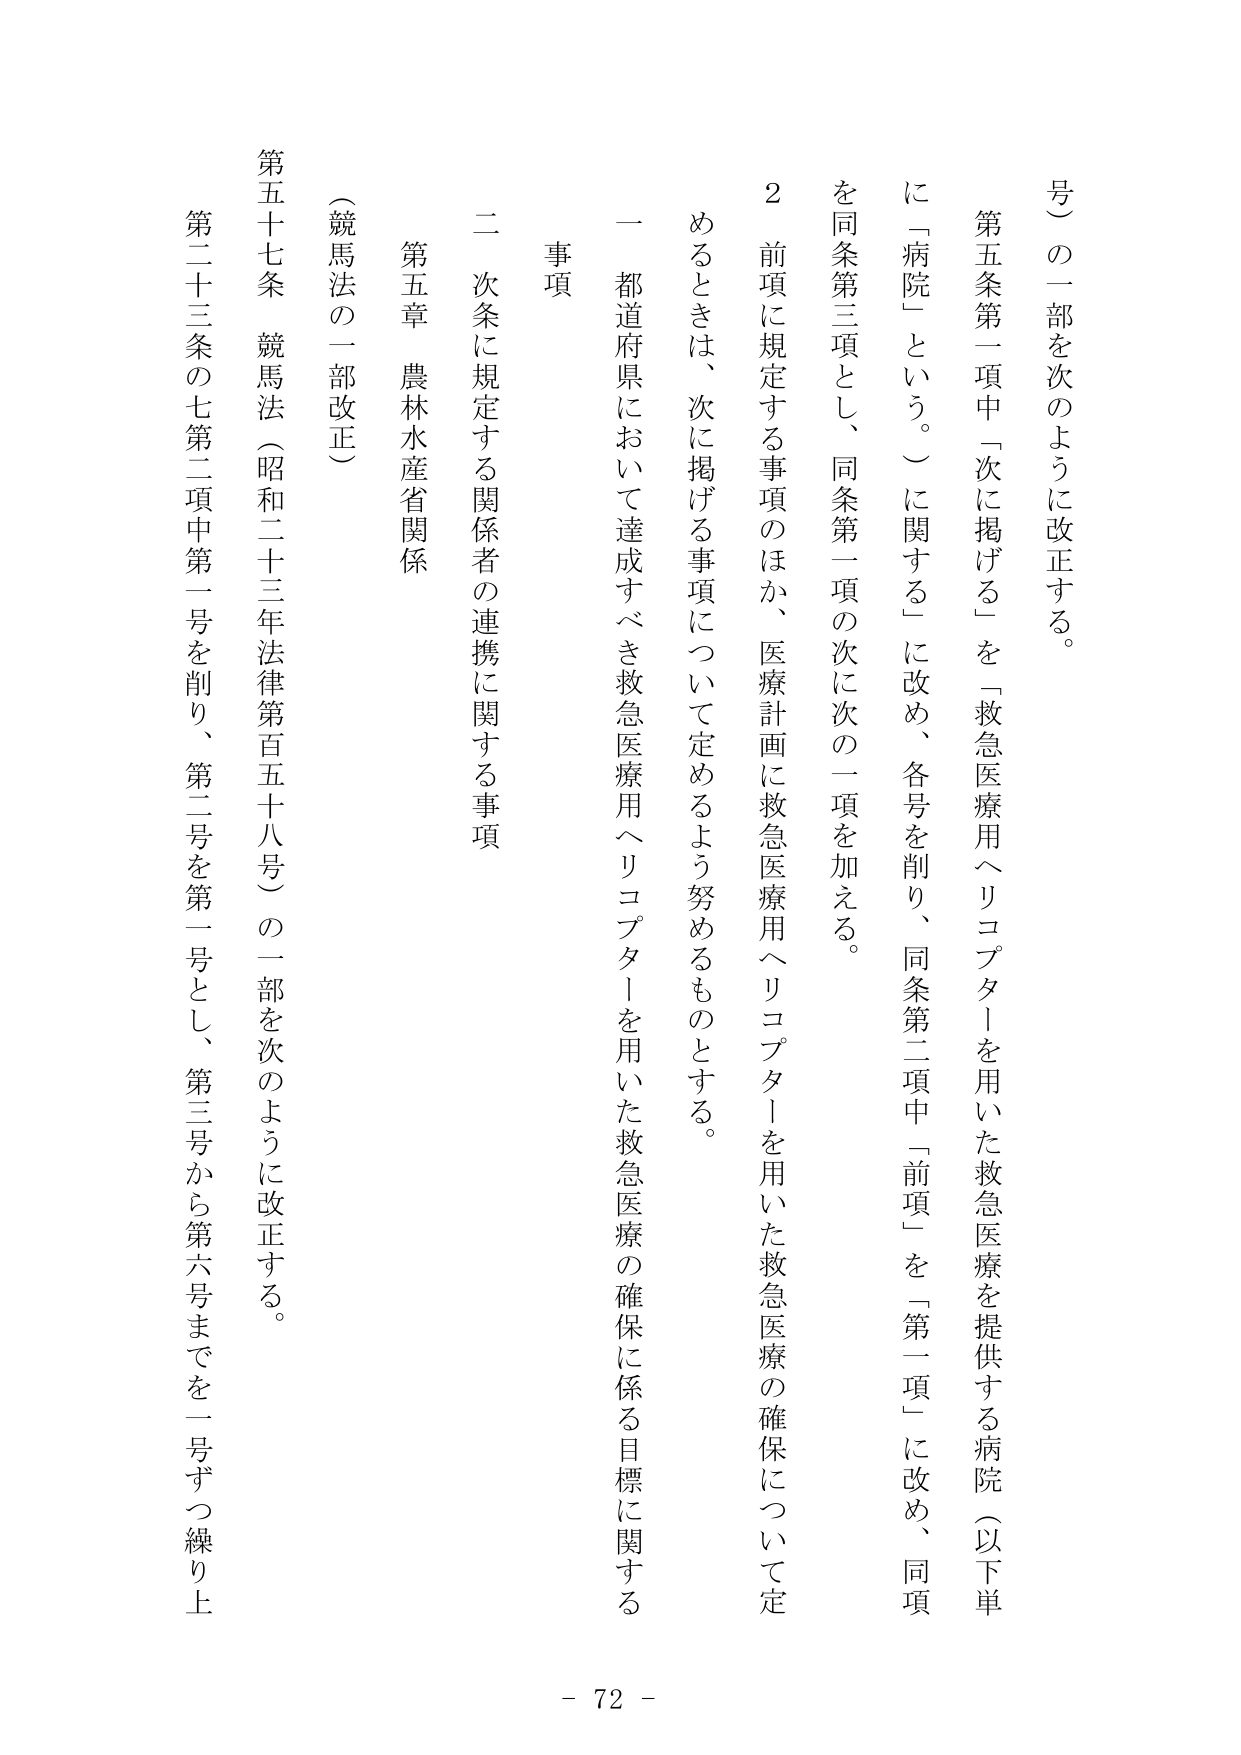
号）の一部を次のように改正する。

第五条第一項中「次に掲げる」を「救急医療用ヘリコプターを用いた救急医療を提供する病院（以下単に「病院」という。）に関する」に改め、各号を削り、同条第二項中「前項」を「第一項」に改め、同項を同条第三項とし、同条第一項の次に次の一項を加える。

２　前項に規定する事項のほか、医療計画に救急医療用ヘリコプターを用いた救急医療の確保について定めるときは、次に掲げる事項について定めるよう努めるものとする。

一　都道府県において達成すべき救急医療用ヘリコプターを用いた救急医療の確保に係る目標に関する事項

二　次条に規定する関係者の連携に関する事項

第五章　農林水産省関係

（競馬法の一部改正）

第五十七条　競馬法（昭和二十三年法律第百五十八号）の一部を次のように改正する。

第二十三条の七第二項中第一号を削り、第二号を第一号とし、第三号から第六号までを一号ずつ繰り上

- 72 -